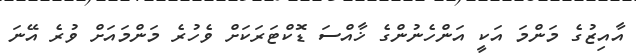
އާއިޒުގެ މަންމަ އަކީ އަންހެނުންގެ ޚާއްސަ ޑޮކްޓަރަކަށް ވެހުރެ މަންމައަށް ވުރެ އޭނަ